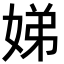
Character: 娣